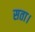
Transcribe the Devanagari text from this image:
सता।